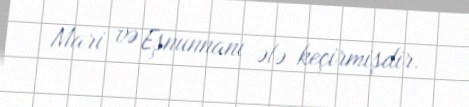
Mari və Eşnunnanı ələ keçirmişdir.